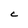
Character: C